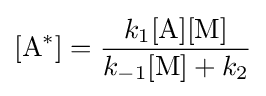
[{\ce {A}}^{*}]={\frac {k_{1}[{\ce {A}}][{\ce {M}}]}{k_{-1}[{\ce {M}}]+k_{2}}}